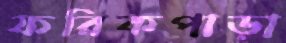
ফরিকপাড়া